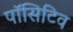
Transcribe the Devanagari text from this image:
पॉसिटिव